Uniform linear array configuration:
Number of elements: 48
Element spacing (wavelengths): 1
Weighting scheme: kaiser
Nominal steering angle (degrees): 60
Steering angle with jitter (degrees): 60.617
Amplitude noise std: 0.05
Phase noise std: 0.05

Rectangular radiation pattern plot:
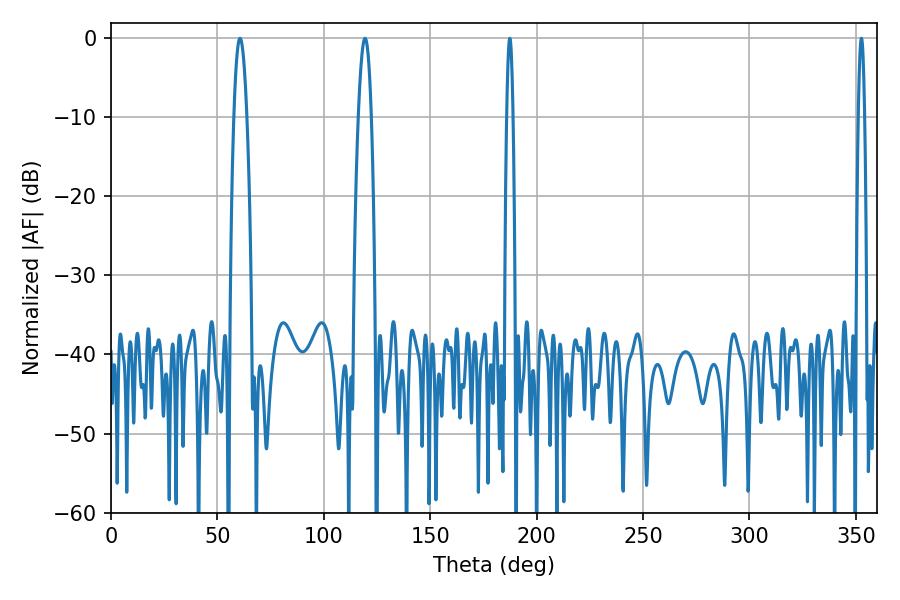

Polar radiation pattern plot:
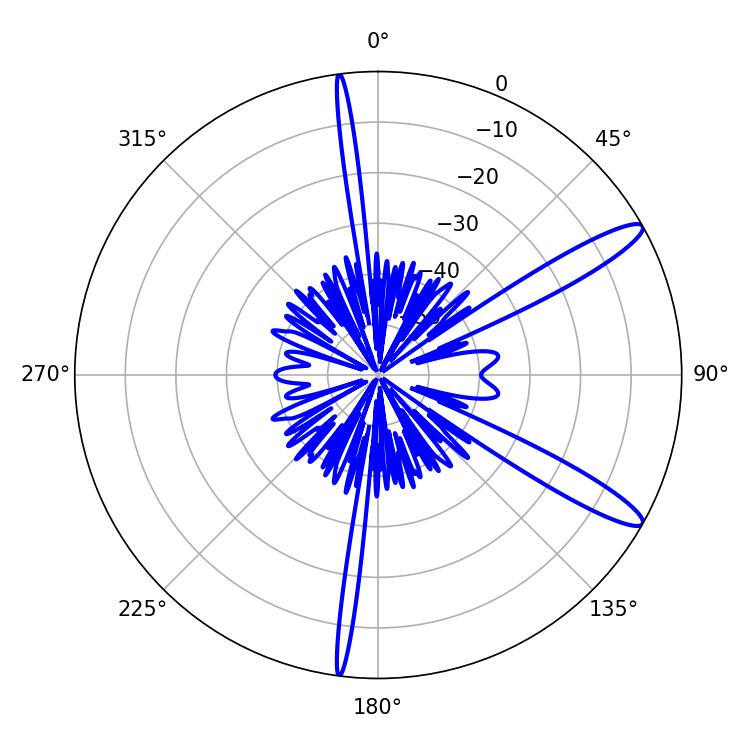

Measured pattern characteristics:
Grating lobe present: TRUE
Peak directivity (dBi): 12.871
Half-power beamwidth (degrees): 1.44
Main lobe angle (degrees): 187.38